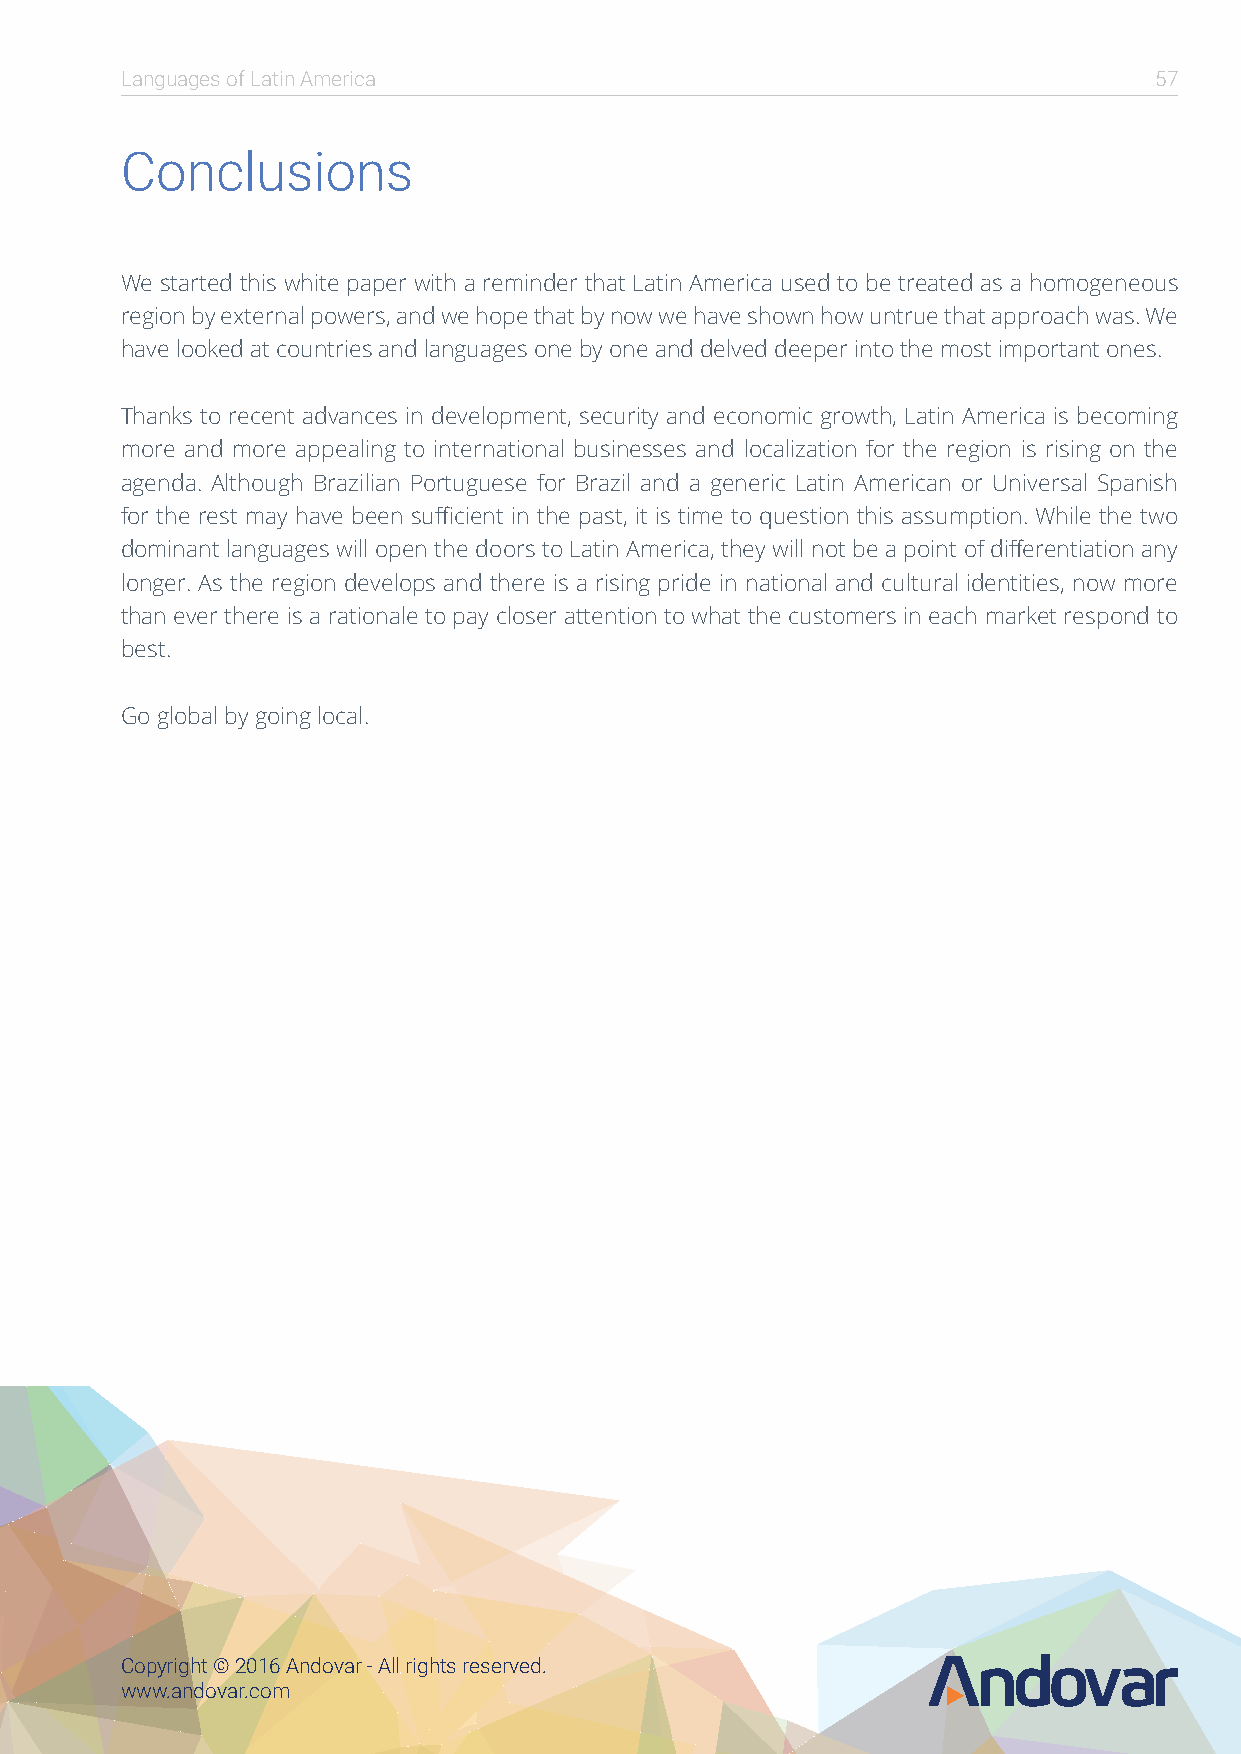
Languages of Latin America                                          57
 Conclusions
 We started this white paper with a reminder that Latin America used to be treated as a homogeneous
 region by external powers, and we hope that by now we have shown how untrue that approach was. We
 have looked at countries and languages one by one and delved deeper into the most important ones.
 Thanks to recent advances in development, security and economic growth, Latin America is becoming
 more and more appealing to international businesses and localization for the region is rising on the
 agenda. Although Brazilian Portuguese for Brazil and a generic Latin American or Universal Spanish
 for the rest may have been sufficient in the past, it is time to question this assumption. While the two
 dominant languages will open the doors to Latin America, they will not be a point of differentiation any
 longer. As the region develops and there is a rising pride in national and cultural identities, now more
 than ever there is a rationale to pay closer attention to what the customers in each market respond to
 best.
 Go global by going local.
 Copyright © 2016 Andovar - All rights reserved.
 www.andovar.com